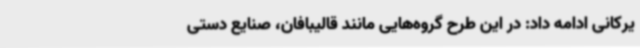
یرکانی ادامه داد: در این طرح گروه‌هایی مانند قالیبافان، صنایع دستی